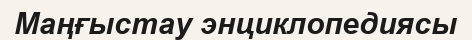
Маңғыстау энциклопедиясы